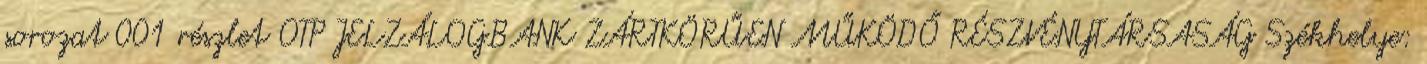
sorozat 001 részlet OTP JELZÁLOGBANK ZÁRTKÖRŰEN MŰKÖDŐ RÉSZVÉNYTÁRSASÁG Székhelye: